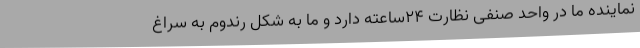
نماینده ما در واحد صنفی نظارت 24ساعته دارد و ما به شکل رندوم به سراغ